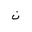
Letter: _non